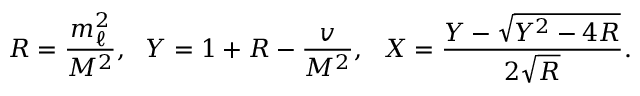
R = \frac { m _ { \ell } ^ { 2 } } { M ^ { 2 } } , \ \ Y = 1 + R - \frac { v } { M ^ { 2 } } , \ \ X = \frac { Y - \sqrt { Y ^ { 2 } - 4 R } } { 2 \sqrt { R } } .